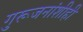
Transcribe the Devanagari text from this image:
गुरूजनांशीही